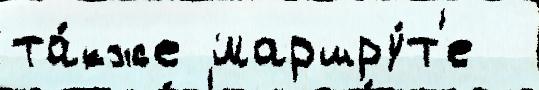
та́кже маршру́т'е